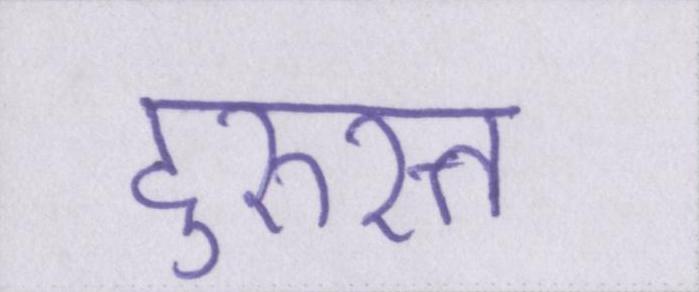
दुरुस्त